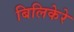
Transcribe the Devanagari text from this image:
बिलिकेरे